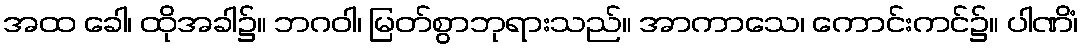
အထ ခေါ၊ ထိုအခါ၌။ ဘဂဝါ၊ မြတ်စွာဘုရားသည်။ အာကာသေ၊ ကောင်းကင်၌။ ပါဏိံ၊